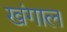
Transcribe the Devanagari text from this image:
खंगाल